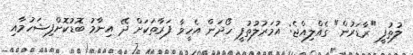
ލުތުފީ "ރާޑަރުން" ގެއްލިއްޖެ: އުމަރުލުތުފީ ހޯދަން އެހީވާ ފަރާތަކަށް ދޭ އިނާމު ބޮޑުކޮށްފިޝަހުމާއި